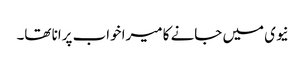
نیوی میں جانے کا میرا خواب پرانا تھا۔